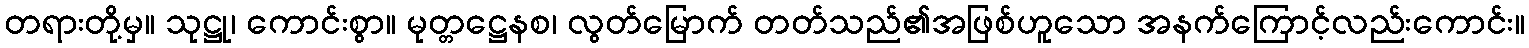
တရားတို့မှ။ သုဋ္ဌု၊ ကောင်းစွာ။ မုတ္တဋ္ဌေနစ၊ လွတ်မြောက် တတ်သည်၏အဖြစ်ဟူသော အနက်ကြောင့်လည်းကောင်း။